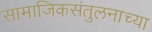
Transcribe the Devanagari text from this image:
सामाजिकसंतुलनाच्या